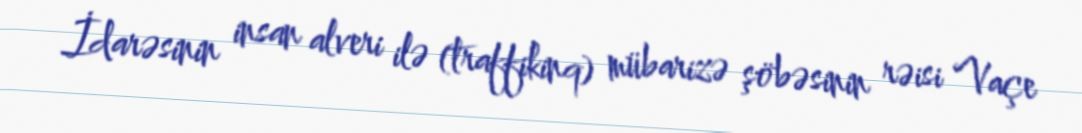
İdarəsinin insan alveri ilə (traffikinq) mübarizə şöbəsinin rəisi Vaçe